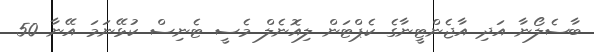
ބާސެލޯނާ އަދި އާޖެންޓީނާގެ ކެޕްޓަން ލިއޮނެލް މެސީ ޓެނިސް ކުޅޭނަމަ އޭނާ 50